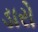
ડારો